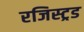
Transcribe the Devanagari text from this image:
रजिस्ट्रड